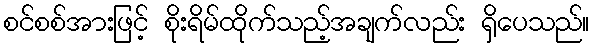
စင်စစ်အားဖြင့် စိုးရိမ်ထိုက်သည့်အချက်လည်း ရှိပေသည်။